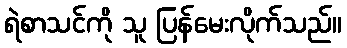
ရဲစာသင်ကို သူ ပြန်မေးလိုက်သည်။